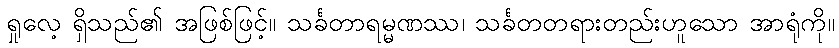
ရှုလေ့ ရှိသည်၏ အဖြစ်ဖြင့်။ သင်္ခတာရမ္မဏဿ၊ သင်္ခတတရားတည်းဟူသော အာရုံကို။